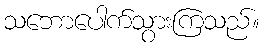
သဘောပေါက်သွားကြသည်။